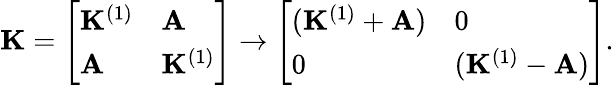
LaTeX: \mathbf{K}=\left[\begin{array}{ll}{\mathbf{K}^{(1)}}&{\mathbf{A}}\\ {\mathbf{A}}&{\mathbf{K}^{(1)}}\end{array}\right]\rightarrow\left[\begin{array}{ll}{(\mathbf{K}^{(1)}+\mathbf{A})}&{0}\\ {0}&{(\mathbf{K}^{(1)}-\mathbf{A})}\end{array}\right].